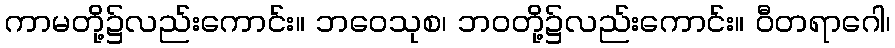
ကာမတို့၌လည်းကောင်း။ ဘဝေသုစ၊ ဘဝတို့၌လည်းကောင်း။ ဝီတရာဂေါ၊